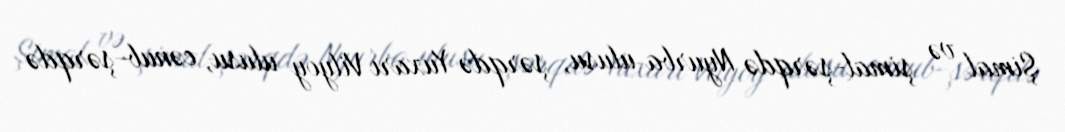
Şimal və şimal-şərqdə Nyurba ulusu, şərqdə Yuxarı Vilyoy ulusu, cənub-şərqdə